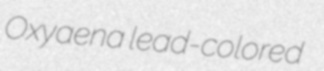
Oxyaena lead-colored